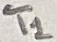
Text: T1